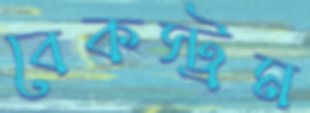
বেকস্ট্রম